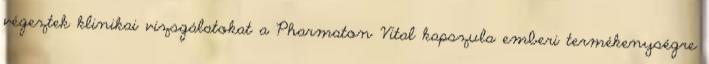
végeztek klinikai vizsgálatokat a Pharmaton Vital kapszula emberi termékenységre